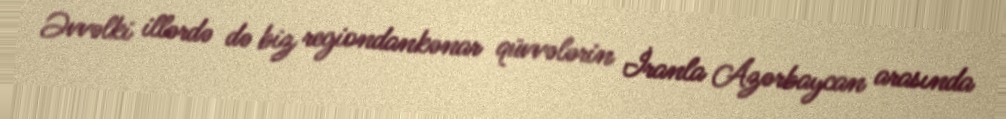
Əvvəlki illərdə də biz regiondankənar qüvvələrin İranla Azərbaycan arasında